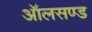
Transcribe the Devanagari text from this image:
ऑलसण्ड